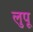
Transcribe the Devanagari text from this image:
लुपू